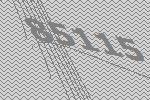
85115